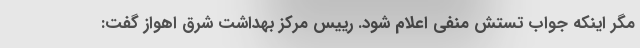
مگر اینکه جواب تستش منفی اعلام شود. رییس مرکز بهداشت شرق اهواز گفت: